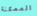
الممكنة